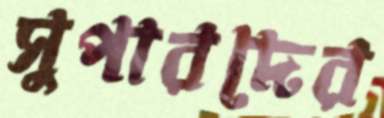
সুপারদের